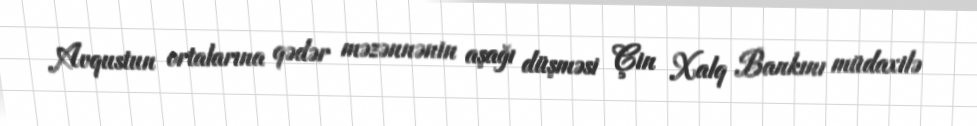
Avqustun ortalarına qədər məzənnənin aşağı düşməsi Çin Xalq Bankını müdaxilə